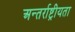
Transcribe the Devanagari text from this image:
अन्तर्राष्ट्रीयता